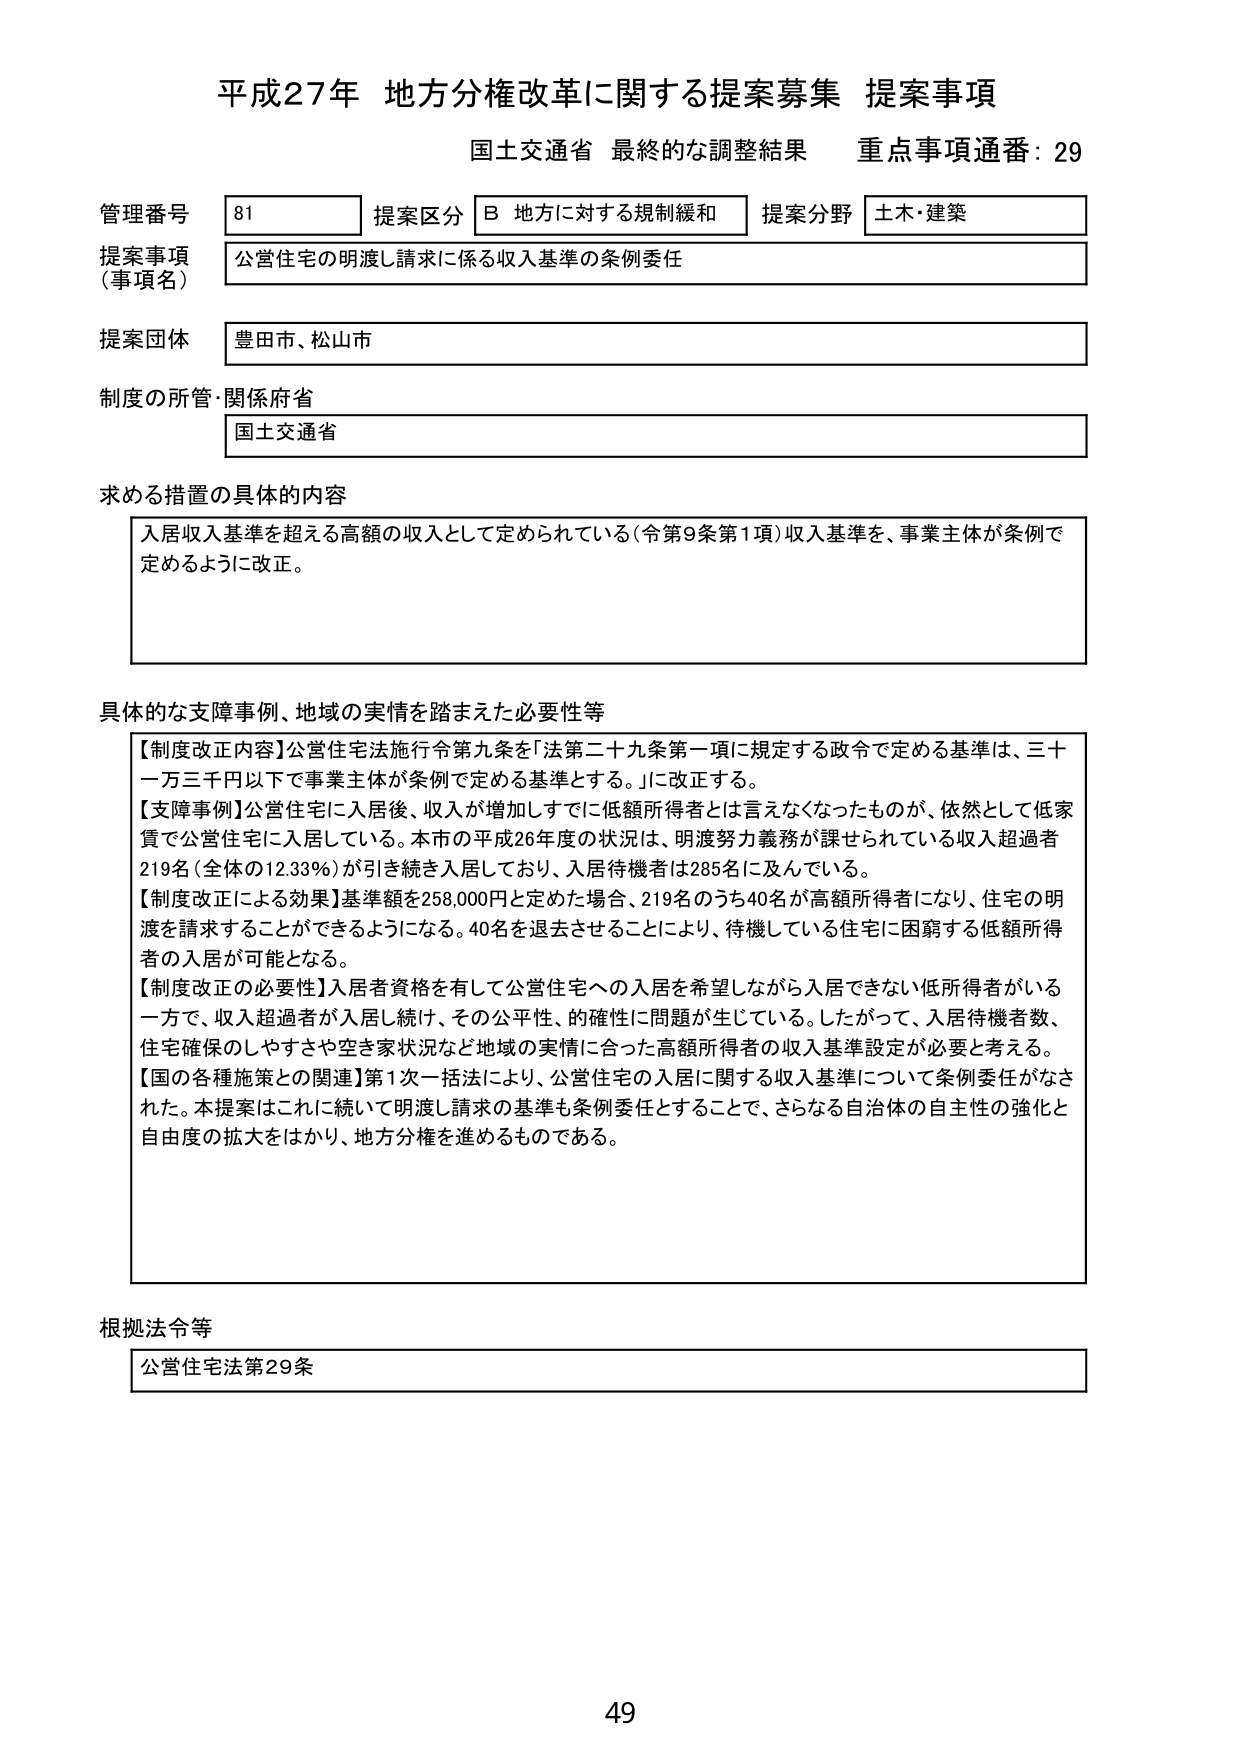
平成27年 地方分権改革に関する提案募集 提案事項
国土交通省 最終的な調整結果 重点事項通番：29

管理番号 81 提案区分 B 地方に対する規制緩和 提案分野 土木・建築
提案事項（事項名） 公営住宅の明渡し請求に係る収入基準の条例委任
提案団体 豊田市、松山市
制度の所管・関係府省 国土交通省

求める措置の具体的内容
入居収入基準を超える高額の収入として定められている（令第9条第1項）収入基準を、事業主体が条例で定めるように改正。

具体的な支障事例、地域の実情を踏まえた必要性等
【制度改正内容】公営住宅法施行令第九条を「法第二十九条第一項に規定する政令で定める基準は、三十一万三千円以下で事業主体が条例で定める基準とする。」に改正する。
【支障事例】公営住宅に入居後、収入が増加しすでに低額所得者とは言えなくなったものが、依然として低家賃で公営住宅に入居している。本市の平成26年度の状況は、明渡努力義務が課せられている収入超過者219名（全体の12.33％）が引き続き入居しており、入居待機者は285名に及んでいる。
【制度改正による効果】基準額を258,000円と定めた場合、219名のうち40名が高額所得者になり、住宅の明渡を請求することができるようになる。40名を退去させることにより、待機している住宅に困窮する低額所得者の入居が可能となる。
【制度改正の必要性】入居者資格を有して公営住宅への入居を希望しながら入居できない低所得者がいる一方で、収入超過者が入居し続け、その公平性、的確性に問題が生じている。したがって、入居待機者数、住宅確保のしやすさや空き家状況など地域の実情に合った高額所得者の収入基準設定が必要と考える。
【国の各種施策との関連】第1次一括法により、公営住宅の入居に関する収入基準について条例委任がなされた。本提案はこれに続いて明渡し請求の基準も条例委任することで、さらなる自治体の自主性の強化と自由度の拡大をはかり、地方分権を進めるものである。

根拠法令等
公営住宅法第29条

49